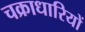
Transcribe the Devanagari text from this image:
चक्राधारियों